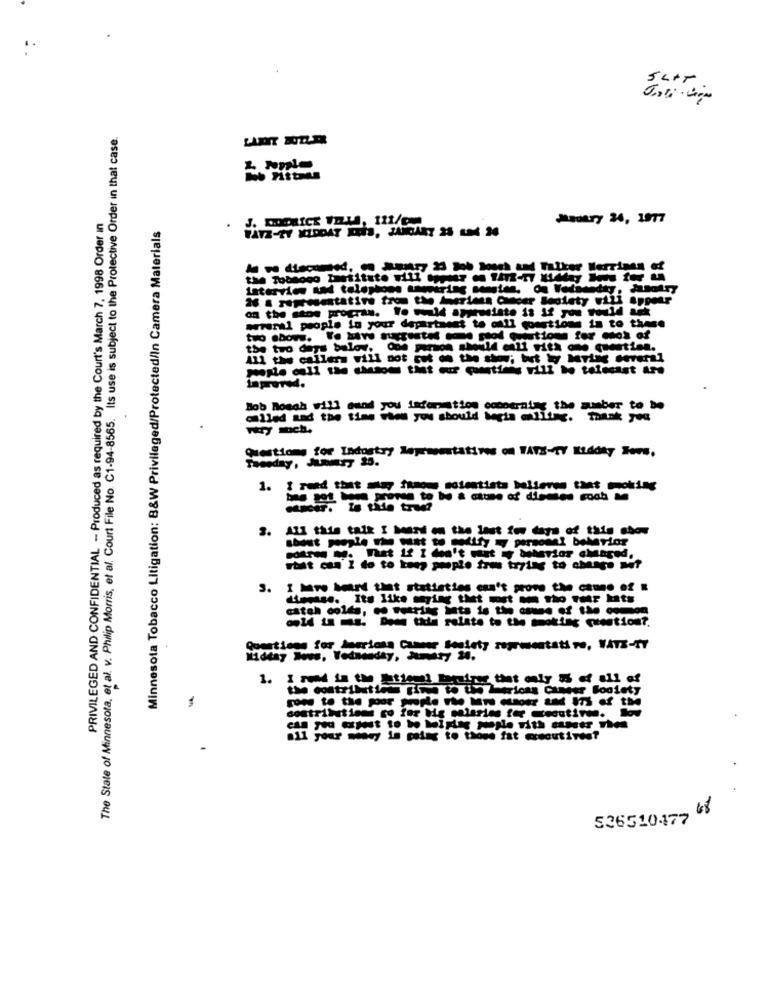
5LAT.
The State of Minnesota, et al. v. Philip Morris, et al. Court File No. C1-94-8565. Its use is subject to the Protective Order in that case.
PRIVILEGED AND CONFIDENTIAL - Produced as required by the Court's March 7, 1998 Order In
Jeastry 26, 1977
Minnesota Tobacco Litigation: B&W Privileged/Protected/In Camera Materials
Interview and telephone sumering sangles, On Vedsunday, Jusotry
16 & representative from the Meriens Cancer Beolety will appear
on the stoe program. Yo wld appusiste is If you would ask
pereral people in your department to call çoestions in to these
the two days below. 0de person should enlf with one question.
All the caller will not put on the she; tut ky MTing several
Bob Mough will mand you information concerning the number to be
alled and the time when you should begta maliting. thank you
Try nich.
Questions for Ladostry Representatives of FATE-TY ILddty Tous,
1. I read that may famous scientists believes that smoking
3. All this talk I heard on the last few days of this show
3. I Mro heard that statistics can't prome the cause of &
dieesse. Its like mytag thet mit mm the fur hats
catch colds, co veertig ints is the case of the common
-14 u .s. Dede tale relate to the moting question ?.
1. I read in the Etleeel basiper that only 55 ef all of
totriktig Time to Un Mericas Cuneer Foolety
contributions co for big salaries ter wecutirm.
all your mowy is going to those fat executives?
.
536510477